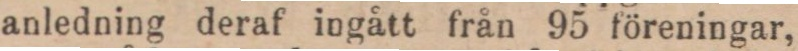
anledning deraf ingått från 95 föreningar,